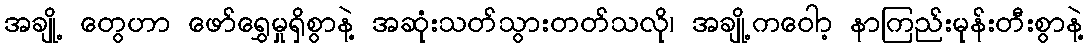
အချို့ တွေဟာ ဖော်ရွှေမှုရှိစွာနဲ့ အဆုံးသတ်သွားတတ်သလို၊ အချို့ကဝောာ့ နာကြည်းမုန်းတီးစွာနဲ့